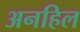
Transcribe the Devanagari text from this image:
अनहिल